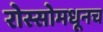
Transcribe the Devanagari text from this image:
रोस्सोमधूनच